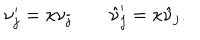
LaTeX: \nu _ { j } ^ { \prime } = \kappa \nu _ { j } \quad \quad \hat { \nu } _ { j } ^ { \prime } = \kappa \hat { \nu } _ { j } .